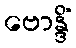
ဗောန္ဒိံ